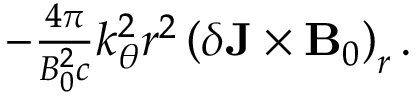
\begin{array} { r } { - \frac { 4 \pi } { B _ { 0 } ^ { 2 } c } k _ { \theta } ^ { 2 } r ^ { 2 } \left( \delta \mathbf { J } \times \mathbf { B } _ { 0 } \right) _ { r } . } \end{array}